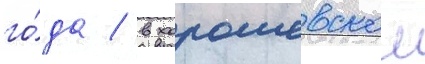
го́да / в хорошевском